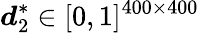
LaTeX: \displaystyle\boldsymbol{d}_{2}^{*}\in[0,1]^{400\times 400}